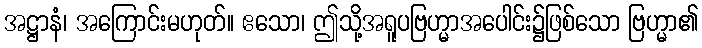
အဋ္ဌာနံ၊ အကြောင်းမဟုတ်။ ဧသော၊ ဤသို့အရူပဗြဟ္မာအပေါင်း၌ဖြစ်သော ဗြဟ္မာ၏